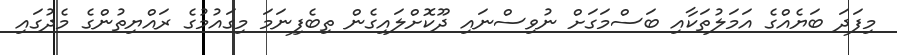
މިފަދަ ބަޔެއްގެ އަމަލުތަކާއި ބަސްމަގަށް ނުވިސްނައި ދޫކޮށްލައިގެން ތިބެފިނަމަ މިގައުމުގެ ރައްޔިތުންގެ މެދުގައި